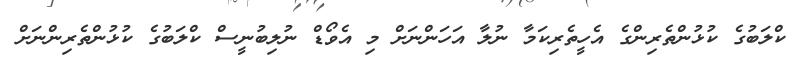
ކްލަބުގެ ކުޅުންތެރިންގެ އެހީތެރިކަމާ ނުލާ އަހަންނަށް މި އެވޯޑް ނުލިބުނީސް ކްލަބުގެ ކުޅުންތެރިންނަށް